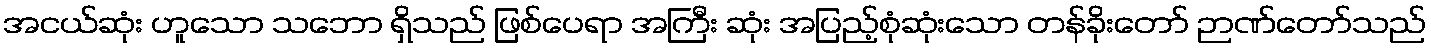
အငယ်ဆုံး ဟူသော သဘော ရှိသည် ဖြစ်ပေရာ အကြီး ဆုံး အပြည့်စုံဆုံးသော တန်ခိုးတော် ဉာဏ်တော်သည်